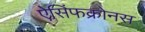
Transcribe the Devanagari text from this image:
ऐसिंफक्रोनस